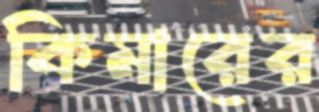
কিমারের